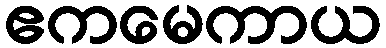
ဧကမေကာယ